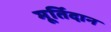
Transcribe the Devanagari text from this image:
मूर्तिदान